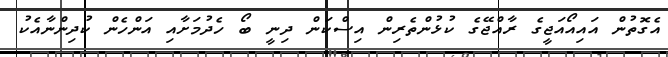
އެގޮތުން އައިއޯއަޖީގެ ރާއްޖޭގެ ކުޅުންތެރިން އިސްކަން ދިނީ ބޯ ހެދުމަށާއި އަންހެން ކުދިންނާއެކު